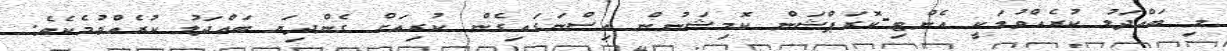
މި ބައްދަލު ކުރެއްވުމަކީ އެންޓި-ކޮރަޕްޝަން ކޮމިޝަނުން އިސްނަގައިގެން ކުރިއަށް ގެންދިޔަ ބައްދަލު ކުރެއްވުމެކެވެ.